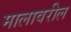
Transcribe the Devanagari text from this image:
मालावरील